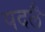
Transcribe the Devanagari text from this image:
पदलै